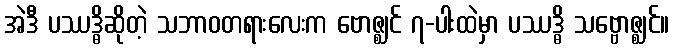
အဲဒီ ပဿဒ္ဓိဆိုတဲ့ သဘာဝတရားလေးက ဗောဇ္ဈင် ၇-ပါးထဲမှာ ပဿဒ္ဓိ သဗ္ဗောဇ္ဈင်။